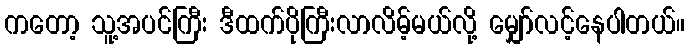
ကတော့ သူ့အပင်ကြီး ဒီထက်ပိုကြီးလာလိမ့်မယ်လို့ မျှော်လင့်နေပါတယ်။